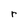
Character: r